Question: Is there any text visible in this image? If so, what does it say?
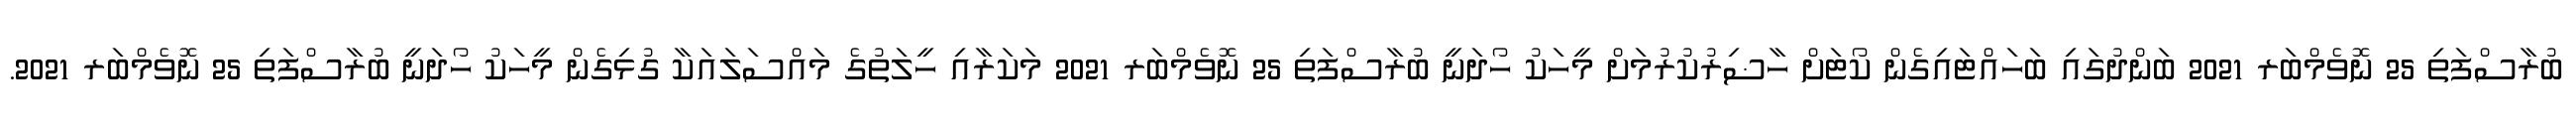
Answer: ބުރާސްފަތި 25 ނޮވެމްބަރ 2021 ބަންދުގައި ބަހައްޓައިގެން ކޯޓަށް ހާޟިރުކުރުމަށް މީހަކު ހޯދަނީ ބުރާސްފަތި 25 ނޮވެމްބަރ 2021 މަކަރާއި ހީލަތުގެ މައްސަލައަކާ ގުޅިގެން މީހަކު ހޯދަނީ ބުރާސްފަތި 25 ނޮވެމްބަރ 2021.